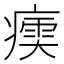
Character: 𤹶